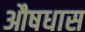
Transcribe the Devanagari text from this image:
औषधास